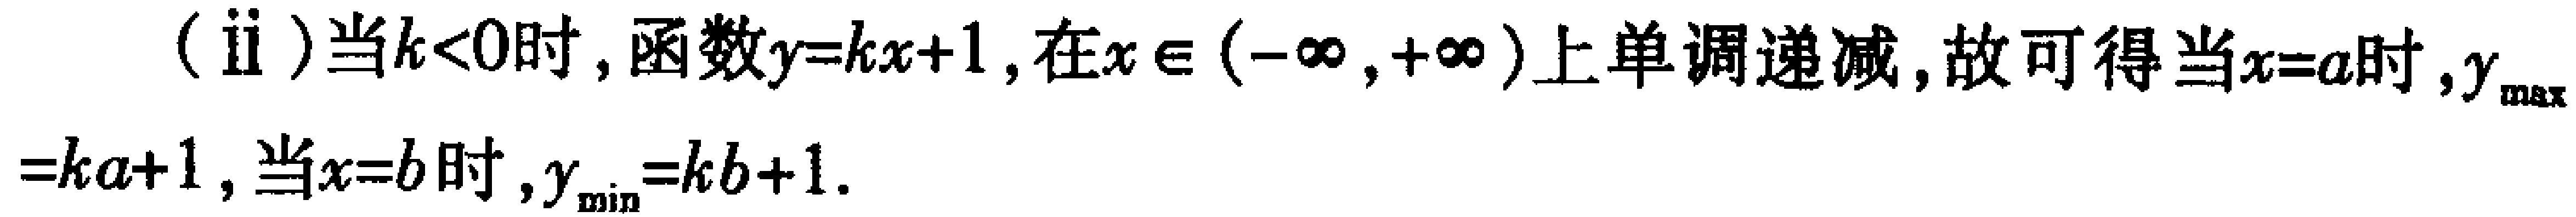
(ii)当\(k < 0\)时，函数\(y = kx + 1\)，在\(x\in(-\infty,+\infty)\)上单调递减，故可得当\(x = a\)时，\(y_{\max}=ka + 1\)，当\(x = b\)时，\(y_{\min}=kb + 1\)。